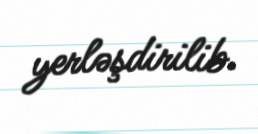
yerləşdirilib.